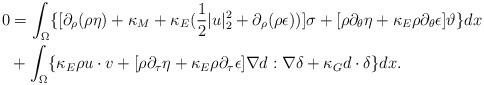
LaTeX: \begin{align*}0&= \int_\Omega\{ [\partial_\rho(\rho\eta) + \kappa_M + \kappa_E(\frac{1}{2} |u|_2^2 +\partial_\rho(\rho\epsilon))]\sigma + [\rho\partial_\theta\eta + \kappa_E \rho\partial_\theta\epsilon]\vartheta\} dx\\& + \int_\Omega \{\kappa_E\rho u\cdot v + [\rho\partial_\tau\eta + \kappa_E \rho \partial_\tau \epsilon]\nabla d:\nabla\delta + \kappa_G d\cdot\delta \}dx.\end{align*}